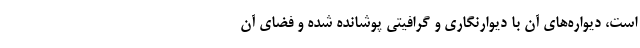
است، دیواره‌های آن با دیوارنگاری و گرافیتی پوشانده شده و فضای آن